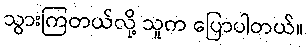
သွားကြတယ်လို့ သူက ပြောပါတယ်။